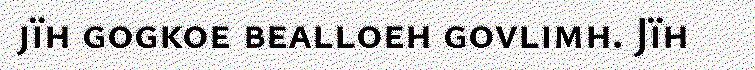
jïh gogkoe bealloeh govlimh. Jïh